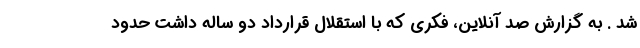
شد . به گزارش صد آنلاین، فکری که با استقلال قرارداد دو ساله داشت حدود